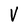
Character: v